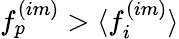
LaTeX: f_{p}^{(im)}>{\langle f_{i}^{(im)}\rangle}